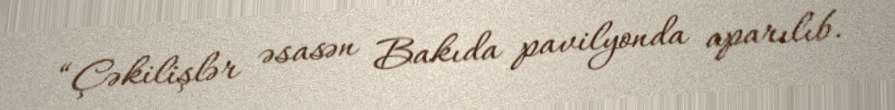
“Çəkilişlər əsasən Bakıda pavilyonda aparılıb.